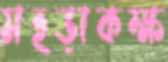
মহড়াকক্ষ